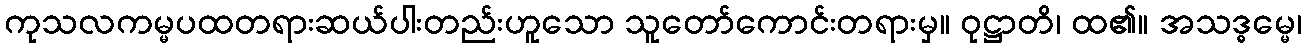
ကုသလကမ္မပထတရားဆယ်ပါးတည်းဟူသော သူတော်ကောင်းတရားမှ။ ဝုဋ္ဌာတိ၊ ထ၏။ အသဒ္ဓမ္မေ၊